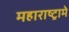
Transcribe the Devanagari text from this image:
महाराष्ट्रामे